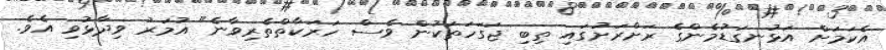
އެކަމަށް އަޅުނގަޑުމެންގެ ރަށްރަށުގައި ތިބި ޖަގަހަތަކުން ވެސް ހަރަކާތްތެރިވާނެ" އުމަރު ވިދާޅުވި އެވެ.